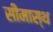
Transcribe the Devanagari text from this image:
सीमास्थ